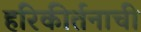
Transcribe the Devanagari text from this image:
हरिकीर्तनाची